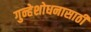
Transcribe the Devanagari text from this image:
गुन्हेशोधनासाठी